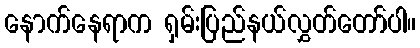
နောက်နေရာက ရှမ်းပြည်နယ်လွှတ်တော်ပါ။